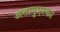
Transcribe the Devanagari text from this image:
अतापुएरका